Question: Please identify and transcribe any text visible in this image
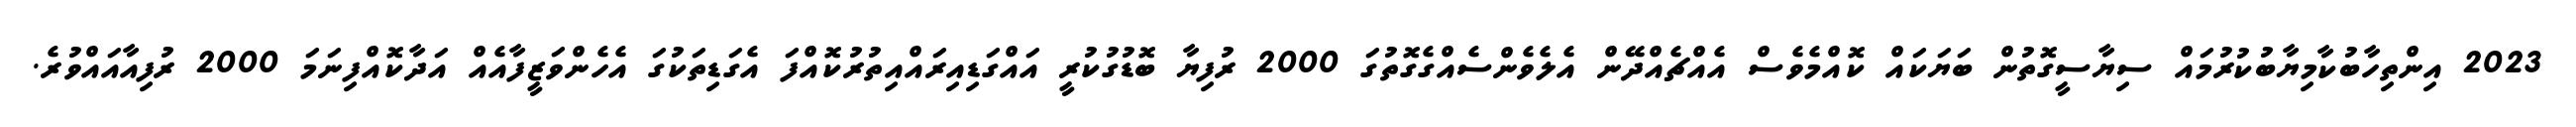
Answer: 2023 އިންތިހާބުކާމިޔާބުކުރުމައް ސިޔާސީގޮތުން ބަޔަކައް ކޮއްމެވެސް އެއްޗެއްދޭން އެލެވެންސެއްގެގޮތުގަ 2000 ރުފިޔާ ބޮޑުގުކުރީ އައްގަޑިއިރައްއިތުރުކޮއްފަ އެގަޑިތަކުގަ އެހެންވަޒީފާއެއް އަދާކޮއްފިނަމަ 2000 ރުފިއާއައްވުރެ.